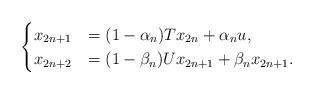
LaTeX: \begin{align*}\begin{cases}x_{2n+1}&=(1-\alpha_n)Tx_{2n} + \alpha_n u,\\x_{2n+2}&=(1-\beta_n)Ux_{2n+1} + \beta_nx_{2n+1}.\end{cases}\end{align*}